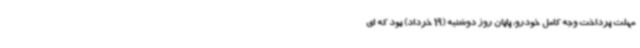
مهلت پرداخت وجه کامل خودرو، پایان روز دوشنبه (19 خرداد) بود که ای